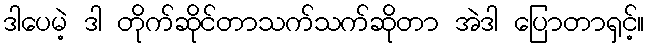
ဒါပေမဲ့ ဒါ တိုက်ဆိုင်တာသက်သက်ဆိုတာ အဲဒါ ပြောတာရှင့်။